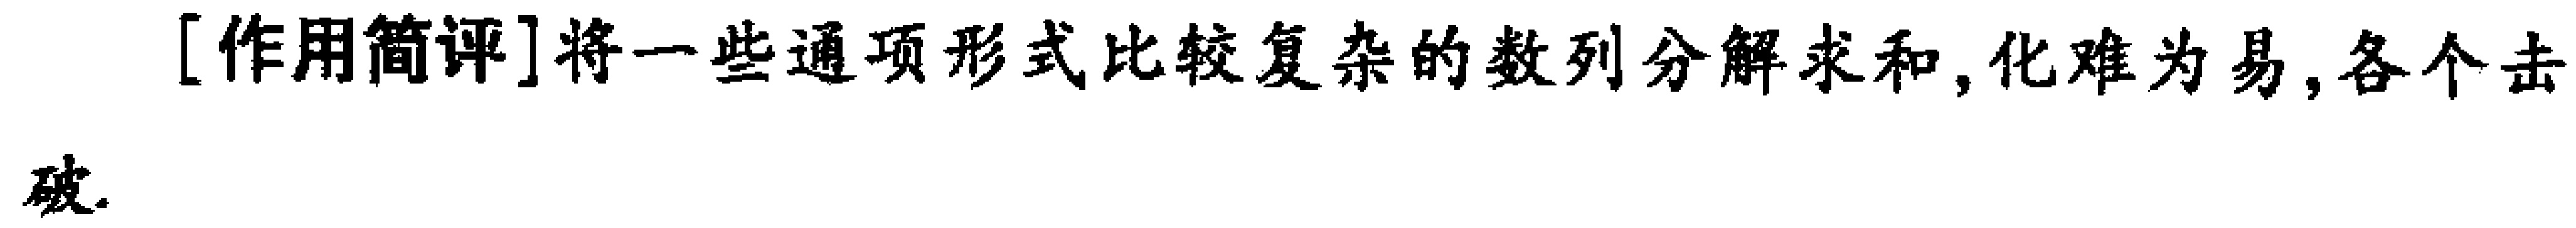
[作用简评]将一些通项形式比较复杂的数列分解求和,化难为易,各个击\\破.